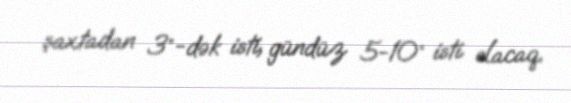
şaxtadan 3°-dək isti, gündüz 5-10° isti olacaq.